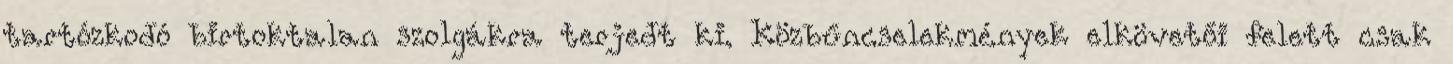
tartózkodó birtoktalan szolgákra terjedt ki. Közbűncselekmények elkövetői felett csak